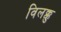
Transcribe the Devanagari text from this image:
विलक्कु